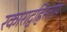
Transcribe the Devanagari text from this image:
रकाराद्वह्निस्तोयं